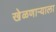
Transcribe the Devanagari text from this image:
खेळणाऱ्याला